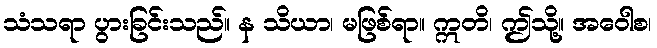
သံသရာ ပွားခြင်းသည်။ န သိယာ၊ မဖြစ်ရာ။ ဣတိ၊ ဤသို့။ အဝေါစ၊